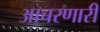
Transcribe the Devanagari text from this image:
आचरणारी